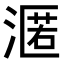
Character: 𭱶